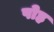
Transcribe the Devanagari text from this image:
पोह